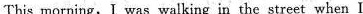
This morning, I was walking in the street when I